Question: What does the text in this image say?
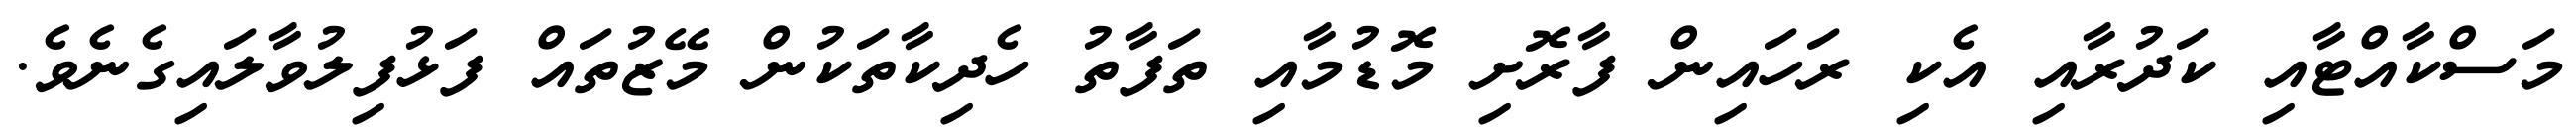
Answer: މަސްކާއްޓާއި ކަދުރާއި އެކި ރަހައިން ފާރޮށި މޮޑުމާއި ތަފާތު ހެދިކާތަކުން މޭޒުތައް ފަޅުފިލުވާލައިގެނެވެ.